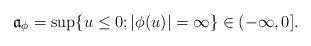
LaTeX: \begin{align*} \mathfrak{a}_{\phi}= \sup \{u \leq 0; |\phi(u)|=\infty\} \in (-\infty,0].\end{align*}